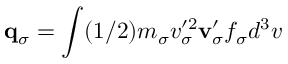
{ \bf q } _ { \sigma } = \int ( 1 / 2 ) m _ { \sigma } v _ { \sigma } ^ { \prime 2 } { \bf v } _ { \sigma } ^ { \prime } f _ { \sigma } d ^ { 3 } v